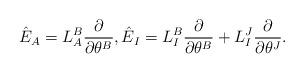
LaTeX: \begin{align*}{\hat E}_A = L^B_A \frac{\partial }{\partial \theta^B}, {\hat E}_I =L^B_I \frac{\partial}{\partial \theta^B} + L^J_I \frac{\partial}{\partial \theta^J}.\end{align*}